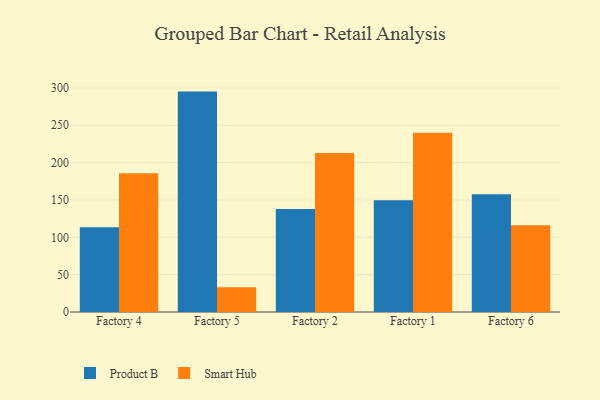
{"axis": {"x": "Factory", "y": "Website Visitors"}, "legend": ["Product B", "Smart Hub"], "data": [{"x": "Factory 4", "y": 113.6, "type": "Product B"}, {"x": "Factory 4", "y": 185.7, "type": "Smart Hub"}, {"x": "Factory 5", "y": 295.1, "type": "Product B"}, {"x": "Factory 5", "y": 33.3, "type": "Smart Hub"}, {"x": "Factory 2", "y": 138.0, "type": "Product B"}, {"x": "Factory 2", "y": 212.9, "type": "Smart Hub"}, {"x": "Factory 1", "y": 149.6, "type": "Product B"}, {"x": "Factory 1", "y": 240.1, "type": "Smart Hub"}, {"x": "Factory 6", "y": 157.6, "type": "Product B"}, {"x": "Factory 6", "y": 116.2, "type": "Smart Hub"}]}